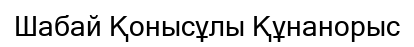
Шабай Қонысұлы Құнанорыс